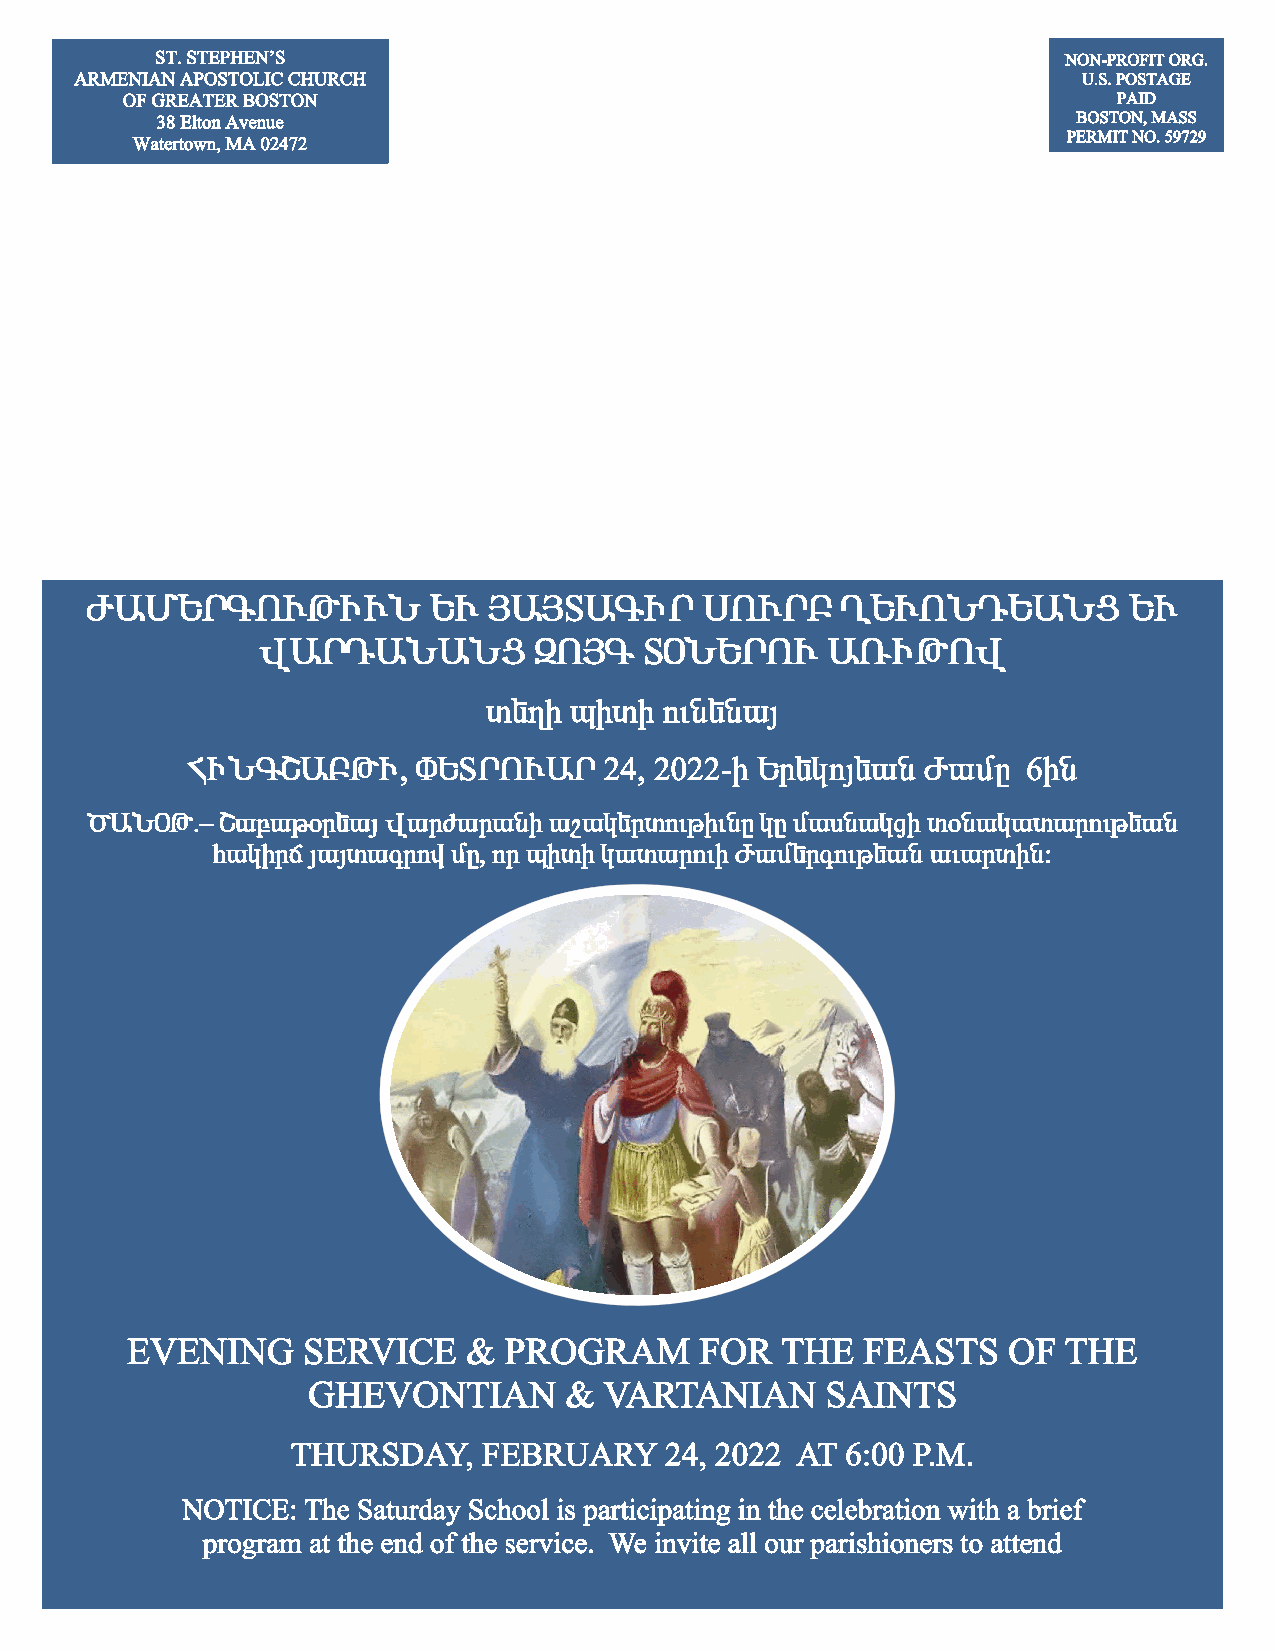
ST. STEPHEN’S                                                NON-PROFIT ORG.
 ARMENIAN APOSTOLIC CHURCH                                          U.S. POSTAGE
 OF GREATER BOSTON                                                 PAID
 38 Elton Avenue                                              BOSTON, MASS
 Watertown, MA 02472                                           PERMIT NO. 59729
 Ä²Øºð¶àôÂÆôÜ          ºô  Ú²Úî²¶Æð       êàôð´    ÔºôàÜ¸º²Üò         ºô
 ì²ð¸²Ü²Üò         ¼àÚ¶    îúÜºðàô     ²èÆÂàì
 ï»ÕÇ  åÇïÇ  áõÝ»Ý³Û
 ÐÆÜ¶Þ²´ÂÆ,      öºîðàô²ð    24, 2022-Ç ºñ»ÏáÛ»³Ý Ä³ÙÁ   6ÇÝ
 Ì²ÜúÂ.–  Þ³µ³Ãûñ»³Û ì³ñÅ³ñ³ÝÇ ³ß³Ï»ñïáõÃÇõÝÁ ÏÁ Ù³ëÝ³ÏóÇ ïûÝ³Ï³ï³ñáõÃ»³Ý
 Ñ³ÏÇñ× Û³Ûï³·ñáí ÙÁ, áñ åÇïÇ Ï³ï³ñáõÇ Ä³Ù»ñ·áõÃ»³Ý ³õ³ñïÇÝ£
 EVENING     SERVICE    & PROGRAM      FOR   THE  FEASTS    OF THE
 GHEVONTIAN       &  VARTANIAN      SAINTS
 THURSDAY,    FEBRUARY    24, 2022 AT 6:00 P.M.
 NOTICE: The Saturday School is participating in the celebration with a brief
 program at the end of the service. We invite all our parishioners to attend